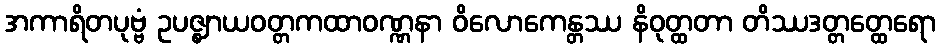
အကာရိတပုဗ္ဗံ ဥပဇ္ဈာယဝတ္တကထာဝဏ္ဏနာ ဝိလောကေန္တဿ နိဝုတ္ထတာ တိဿဒတ္တတ္ထေရော